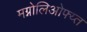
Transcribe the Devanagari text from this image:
मग्नोलिओफ्य्त